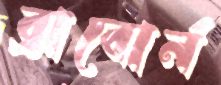
ব্রাবোর্ন